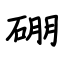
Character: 硼